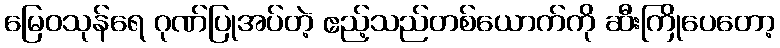
မြေဝသုန်ရေ ဂုဏ်ပြုအပ်တဲ့ ဧည့်သည်တစ်ယောက်ကို ဆီးကြိုပေတော့